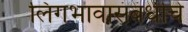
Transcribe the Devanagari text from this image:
लिंगभावासंबंधीचे